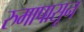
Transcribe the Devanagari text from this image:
रुमापासून